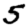
Digit: 5